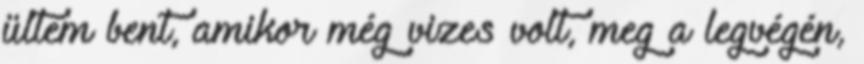
ültem bent, amikor még vizes volt, meg a legvégén,